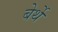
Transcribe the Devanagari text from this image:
बेर्थे